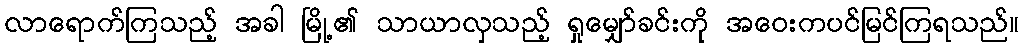
လာရောက်ကြသည့် အခါ မြို့၏ သာယာလှသည့် ရှုမျှော်ခင်းကို အဝေးကပင်မြင်ကြရသည်။